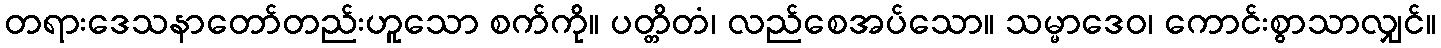
တရားဒေသနာတော်တည်းဟူသော စက်ကို။ ပတ္တိတံ၊ လည်စေအပ်သော။ သမ္မာဒေဝ၊ ကောင်းစွာသာလျှင်။